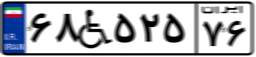
۶۲W۶۶۲۵۰